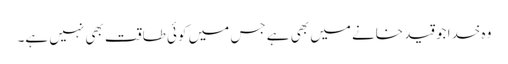
وہ خدا جو قید خانے میں بھی ہے جس میں کوئی طاقت بھی نہیں ہے۔